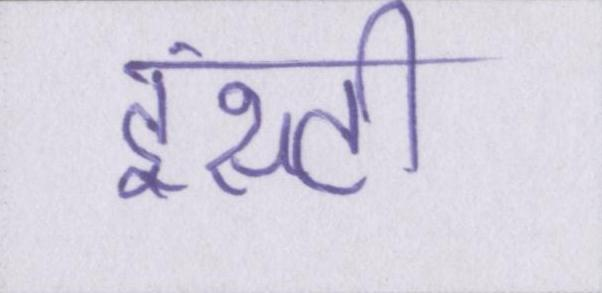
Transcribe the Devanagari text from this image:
इंस्टी